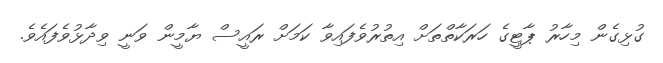
ގުޅިގެން މިހާރު ޕާޓީގެ ހަރަކާތްތަށް އިތުރުވެފައިވާ ކަމަށް ރައީސް ޔާމީން ވަނީ ވިދާޅުވެފައެވެ.